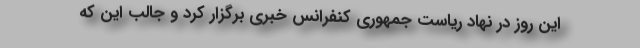
این روز در نهاد ریاست جمهوری کنفرانس خبری برگزار کرد و جالب این که